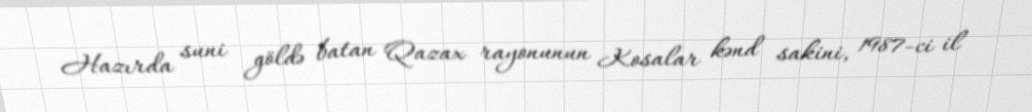
Hazırda suni göldə batan Qazax rayonunun Kosalar kənd sakini, 1987-ci il